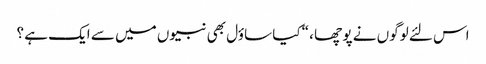
اس لئے لوگوں نے پو چھا ، “کیا ساؤل بھی نبیوں میں سے ایک ہے ؟